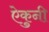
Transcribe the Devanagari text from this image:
ऐकुनी